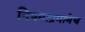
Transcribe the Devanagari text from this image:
नियमाप्रमाणेच